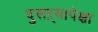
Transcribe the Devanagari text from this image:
दुसऱ्यापेक्षा